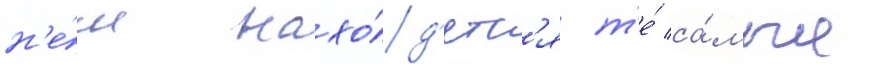
н'е́м нахо́д'ятс'я т'е́ са́мые